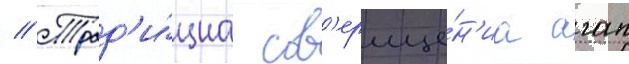
// Трад'и́циа сов'ерше́н'иа агап